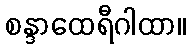
စန္ဒာထေရီဂါထာ။